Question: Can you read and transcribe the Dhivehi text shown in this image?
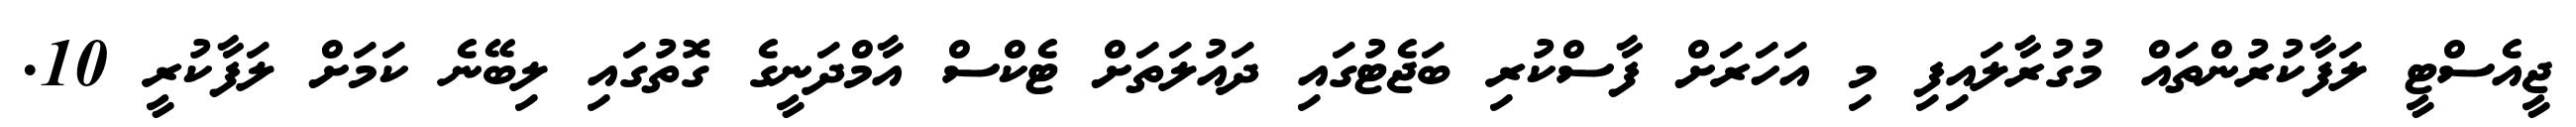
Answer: ޖީއެސްޓީ ލަފާކުރުންތައް މުގުރާލައިފި މި އަހަރަށް ފާސްކުރި ބަޖެޓުގައި ދައުލަތަށް ޓެކްސް އާމްދަނީގެ ގޮތުގައި ލިބޭނެ ކަމަށް ލަފާކުރީ 10.